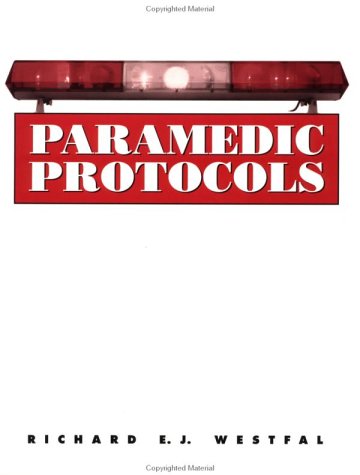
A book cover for Paramedic Protocols; Richard E. J. Westfal; Medical Books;